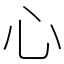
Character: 心